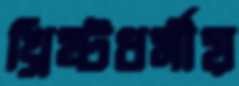
খ্রিষ্টধর্মীয়